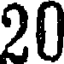
20